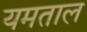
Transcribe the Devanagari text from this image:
यमताल